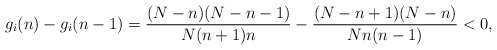
\begin{align*}g_i(n)-g_i(n-1)=\frac{(N-n)(N-n-1)}{N(n+1)n}-\frac{(N-n+1)(N-n)}{Nn(n-1)}< 0,\end{align*}